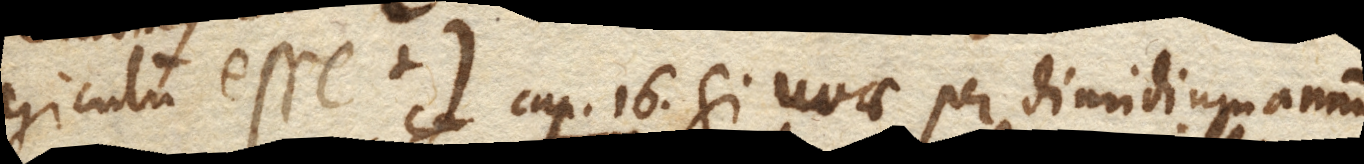
hiculum esse. +) Cap. 16. Si uvae per dimidium annum